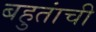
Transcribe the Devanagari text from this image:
बहुतांची